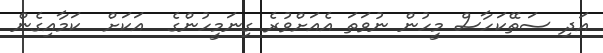
އަދި ސަތޭކަހާސް މީހުން ނުވަތަ އެއަށްވުރެ ގިނަމީހުންގެ  އަކަށް  ކަމާއިގެން